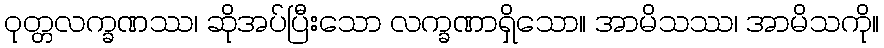
ဝုတ္တလက္ခဏဿ၊ ဆိုအပ်ပြီးသော လက္ခဏာရှိသော။ အာမိသဿ၊ အာမိသကို။